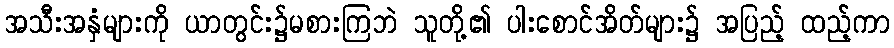
အသီးအနှံများကို ယာတွင်း၌မစားကြဘဲ သူတို့၏ ပါးစောင်အိတ်များ၌ အပြည့် ထည့်ကာ